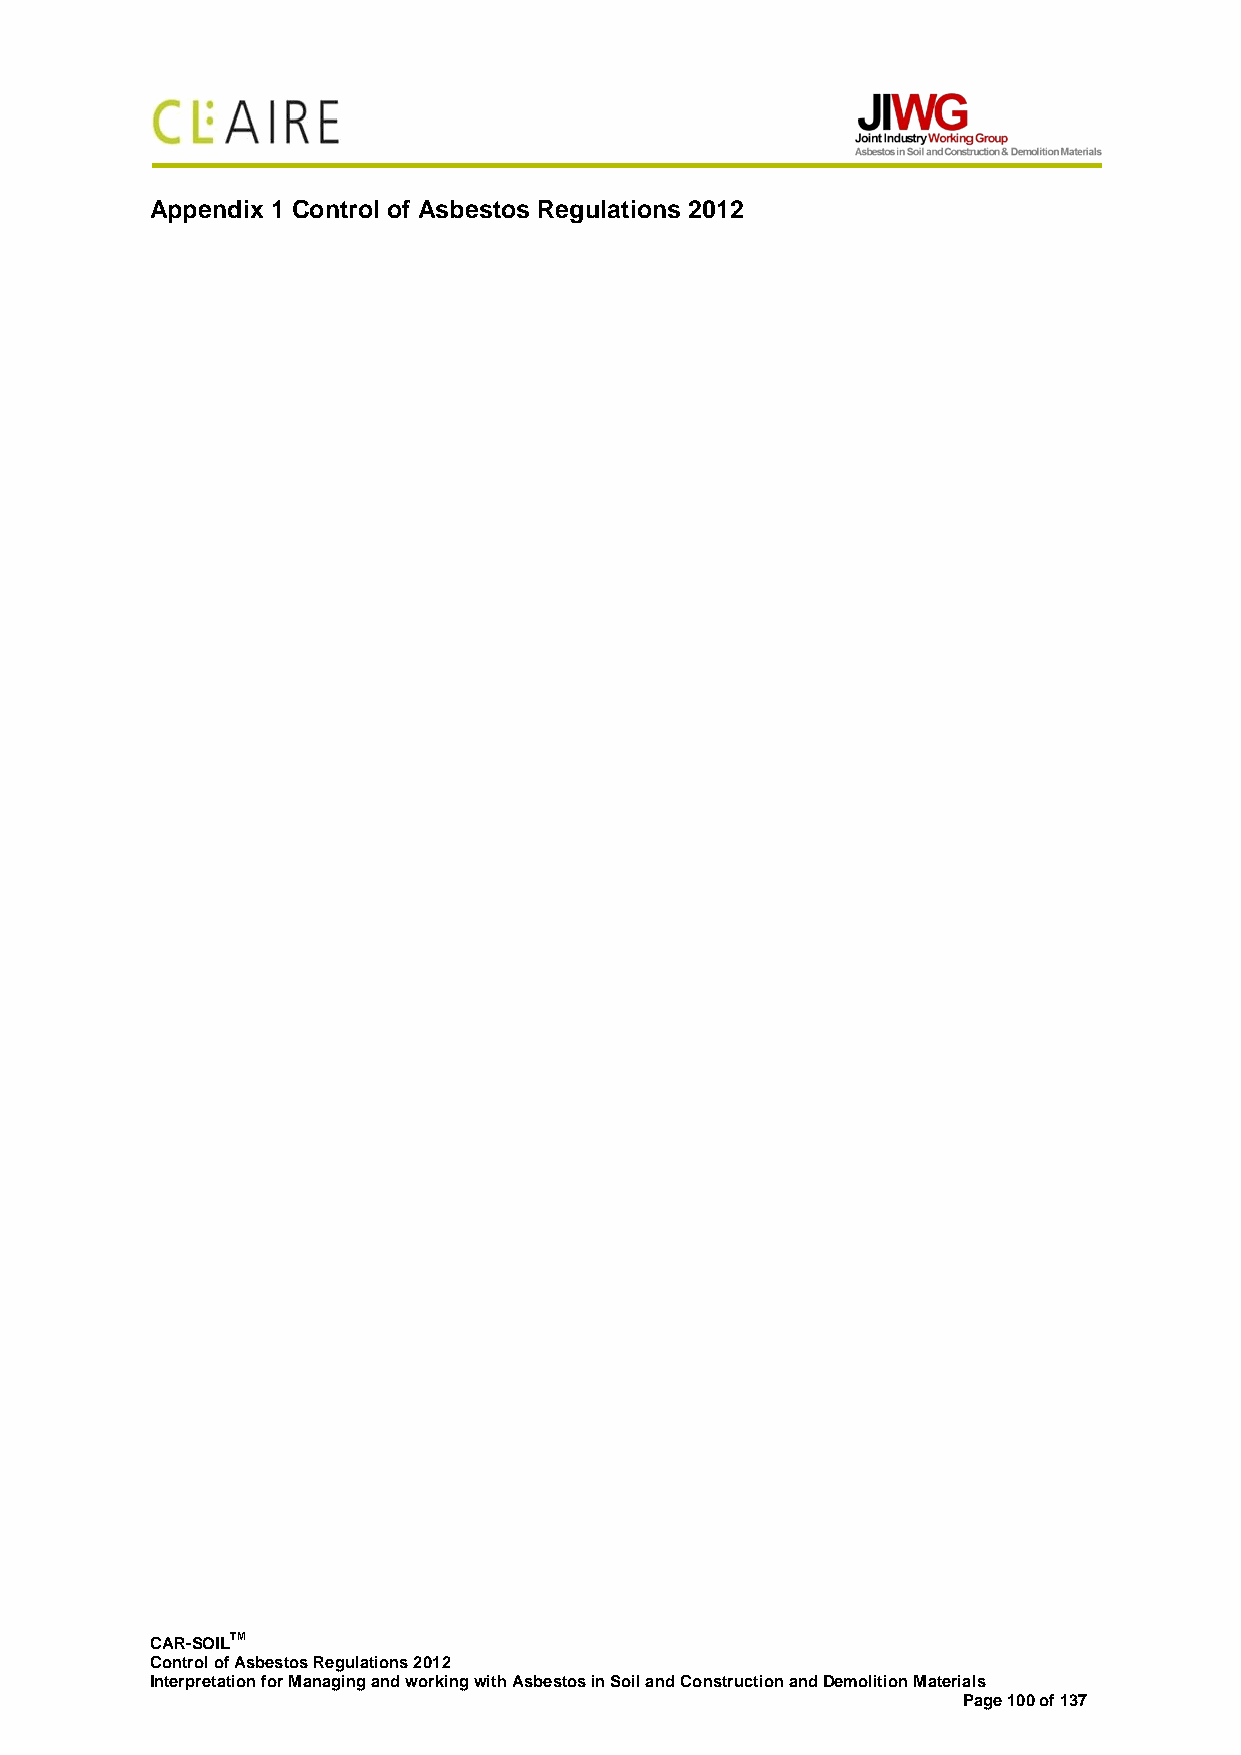
Appendix 1 Control of Asbestos Regulations 2012
 CAR-SOILTM
 Control of Asbestos Regulations 2012
 Interpretation for Managing and working with Asbestos in Soil and Construction and Demolition Materials
 Page 100 of 137